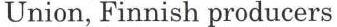
Union, Finnish producers